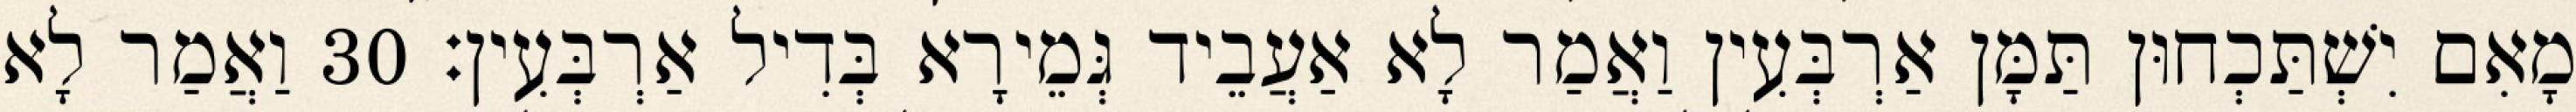
מָאִם יִשְׁתַּכְחוּן תַּמָּן אַרְבְּעִין וַאֲמַר לָא אַעֲבֵיד גְּמֵירָא בְּדִיל אַרְבְּעִין׃ 30 וַאֲמַר לָא